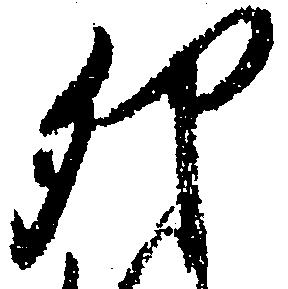
卯